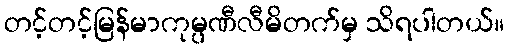
တင့်တင့်မြန်မာကုမ္ပဏီလီမိတက်မှ သိရပါတယ်။